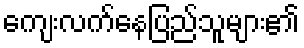
ကျေးလက်နေပြည်သူများ၏